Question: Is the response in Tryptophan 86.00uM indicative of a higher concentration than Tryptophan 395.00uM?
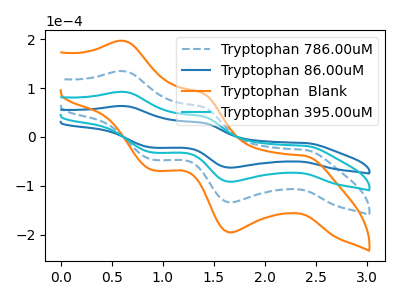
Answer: <think>The blue dashed curve "Tryptophan 786.00uM" has anodic peaks at (0.60V, 184.60uA) (1.40V, 84.80uA) and cathodic peaks at (2.40V, -36.40uA) (1.65V, -183.35uA) (0.90V, -64.10uA). The blue curve "Tryptophan 86.00uM" has anodic peaks at (0.60V, 63.25uA) (1.40V, 29.05uA) and cathodic peaks at (2.40V, -12.45uA) (1.65V, -62.80uA) (0.90V, -21.95uA). The orange curve "Tryptophan  Blank" has anodic peaks at (0.60V, 276.85uA) (1.40V, 127.20uA) and cathodic peaks at (2.40V, -54.60uA) (1.65V, -275.05uA) (0.90V, -96.15uA). The cyan curve "Tryptophan 395.00uM" has anodic peaks at (0.60V, 92.30uA) (1.40V, 42.40uA) and cathodic peaks at (2.40V, -18.20uA) (1.65V, -91.70uA) (0.90V, -32.05uA).
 All the peaks in "Tryptophan 86.00uM" have a peak in "Tryptophan 395.00uM" at the same potential. Every peak in "Tryptophan 86.00uM" is lower than every peak in "Tryptophan 395.00uM".</think>
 <answer>"Tryptophan 86.00uM" has less signal than "Tryptophan 395.00uM".</answer>
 <eval>less_signal</eval>